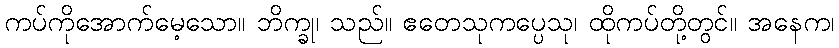
ကပ်ကိုအောက်မေ့သော။ ဘိက္ခု၊ သည်။ ဧတေသုကပ္ပေသု၊ ထိုကပ်တို့တွင်။ အနေက၊